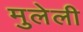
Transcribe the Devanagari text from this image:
मुलेली